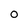
Character: O